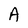
Character: A